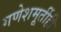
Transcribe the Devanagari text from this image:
गणेशमूर्तीही